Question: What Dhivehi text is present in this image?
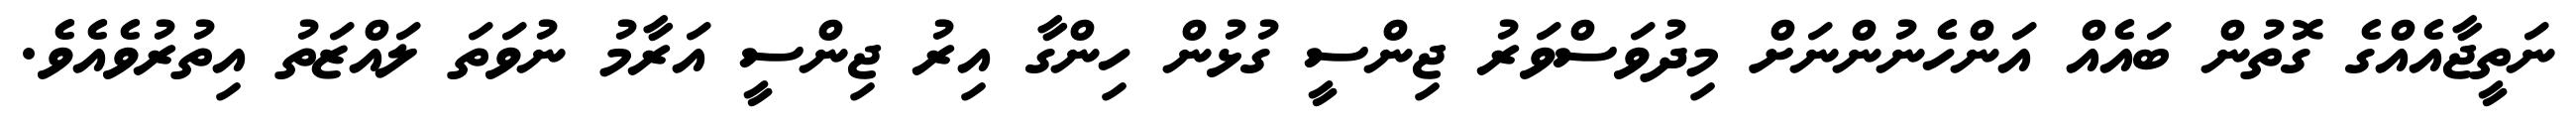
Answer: ނަތީޖާއެއްގެ ގޮތުން ބައެއް އަންހެނުންނަށް މިދުވަސްވަރު ޖިންސީ ގުޅުން ހިންގާ އިރު ޖިންސީ އަރާމު ނުވަތަ ލައްޒަތު އިތުރުވެއެވެ.